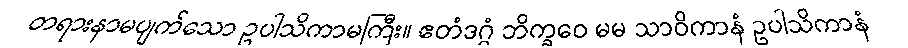
တရားနာမပျက်သော ဥပါသိကာမကြီး။ ဧတံဒဂ္ဂံ ဘိက္ခဝေ မမ သာဝိကာနံ ဥပါသိကာနံ